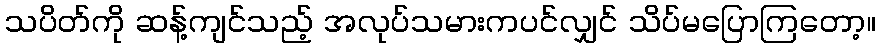
သပိတ်ကို ဆန့်ကျင်သည့် အလုပ်သမားကပင်လျှင် သိပ်မပြောကြတော့။